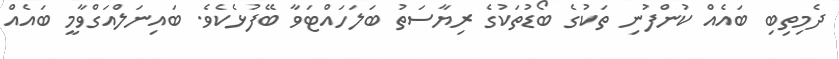
ދެމިތިބި ބައެއް ކުންފުނި ތަކުގެ ބޯޑުތަކުގެ ރިޔާސަތު ބަލަހައްޓަވާ ބޭފުޅެކެވެ. ބައިނަލްއަގްވާމީ ބައެއް